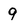
Character: 9